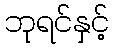
ဘုရင်နှင့်